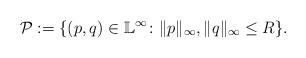
LaTeX: \begin{align*}\mathcal{P}:=\{(p,q) \in \mathbb{L}^\infty \colon \|p\|_\infty ,\|q\|_\infty \leq R\}.\end{align*}